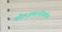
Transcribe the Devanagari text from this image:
कौलजणाननिर्णय